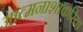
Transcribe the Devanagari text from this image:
आत्मनाशाकरिता